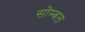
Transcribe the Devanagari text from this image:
सोम्बल